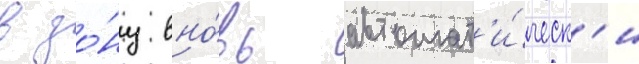
в зо́ну вно́вь автомат'и́ческ'и